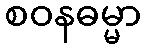
စဝနဓမ္မာ